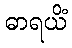
ဓာရယိံ